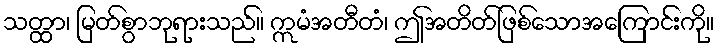
သတ္ထာ၊ မြတ်စွာဘုရားသည်။ ဣမံအတီတံ၊ ဤအတိတ်ဖြစ်သောအကြောင်းကို။